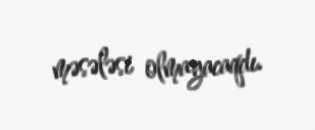
məsələsi olmayacaqdı.